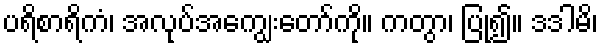
ပရိစာရိကံ၊ အလုပ်အကျွေးတော်ကို။ ကတွာ၊ ပြု၍။ ဒဒါမိ၊